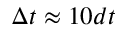
\Delta t \approx 1 0 d t